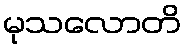
မုသလောတိ